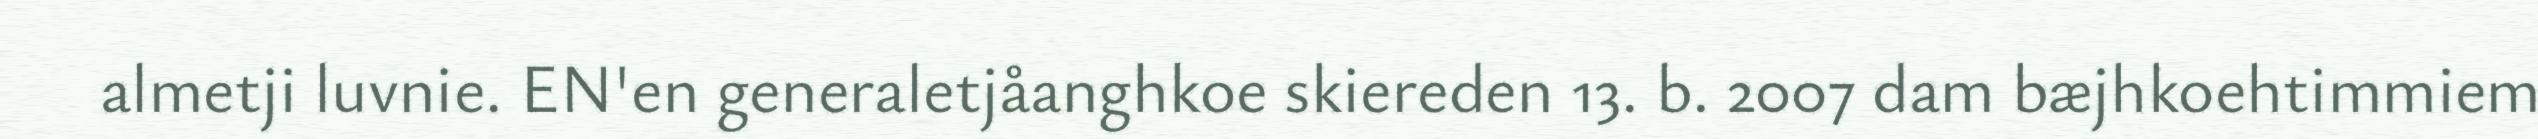
almetji luvnie. EN'en generaletjåanghkoe skiereden 13. b. 2007 dam bæjhkoehtimmiem